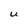
Character: U